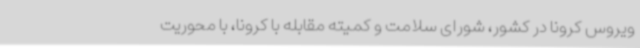
ویروس کرونا در کشور، شورای سلامت و کمیته مقابله با کرونا، با محوریت